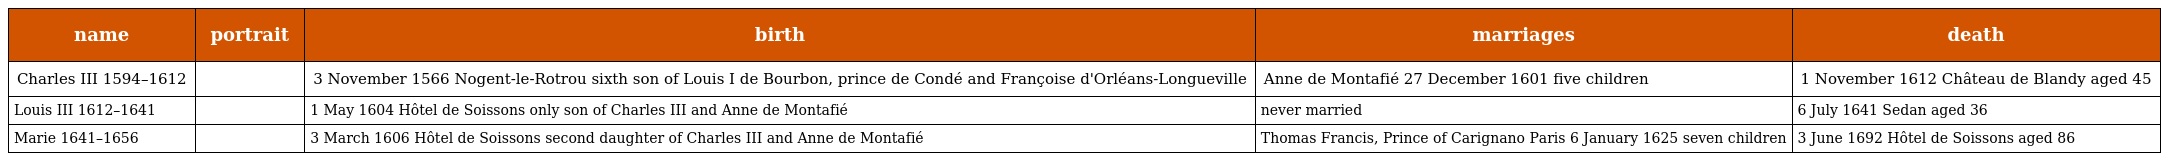
| name | portrait | birth | marriages | death |
 | --- | --- | --- | --- | --- |
 | Charles III 1594–1612 |  | 3 November 1566 Nogent-le-Rotrou sixth son of Louis I de Bourbon, prince de Condé and Françoise d'Orléans-Longueville | Anne de Montafié 27 December 1601 five children | 1 November 1612 Château de Blandy aged 45 |
 | Louis III 1612–1641 |  | 1 May 1604 Hôtel de Soissons only son of Charles III and Anne de Montafié | never married | 6 July 1641 Sedan aged 36 |
 | Marie 1641–1656 |  | 3 March 1606 Hôtel de Soissons second daughter of Charles III and Anne de Montafié | Thomas Francis, Prince of Carignano Paris 6 January 1625 seven children | 3 June 1692 Hôtel de Soissons aged 86 |